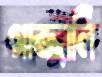
গাজ্জালি